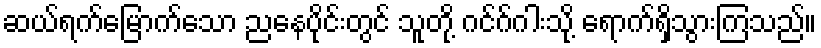
ဆယ်ရက်မြောက်သော ညနေပိုင်းတွင် သူတို့ ဂင်ဂ်ဂါးသို့ ရောက်ရှိသွားကြသည်။